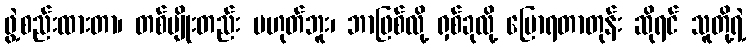
ဖွဲ့စည်းထားတာ၊ တစ်မျိုးတည်း မဟုတ်ဘူး၊ ဘာဖြစ်လို့ ရှစ်ခုလို့ ပြောရတာတုန်း ဆိုရင် သူတို့ရဲ့